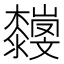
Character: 𣠴